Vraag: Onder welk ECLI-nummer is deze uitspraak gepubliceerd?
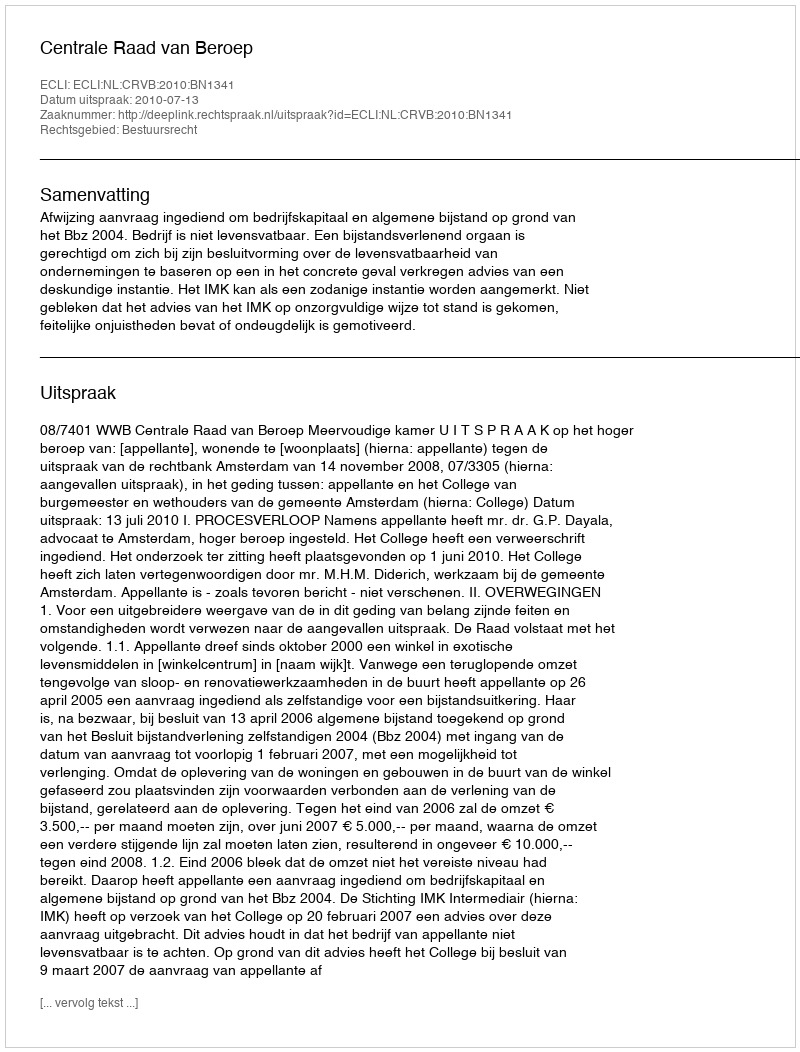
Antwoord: ECLI:NL:CRVB:2010:BN1341